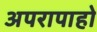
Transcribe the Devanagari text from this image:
अपरापाहो